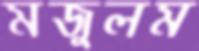
মজুলম